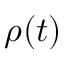
\rho ( t )